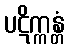
ပဋိက္ကန္တံ